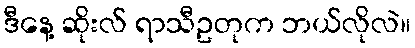
ဒီနေ့ ဆိုးလ် ရာသီဥတုက ဘယ်လိုလဲ။